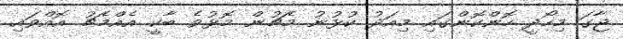
ޖާގަ މިހޯދީ ހޮންކޮންގައި މިއަދު ކުޅުނު މެޗުން މޮޅުވެ ބާކީ އެއްމެޗު އޮއްވައި